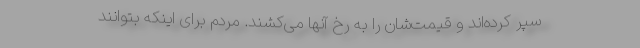
سپر کرده‌اند و قیمت‌شان را به رخ آنها می‌کشند. مردم برای اینکه بتوانند